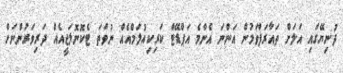
ދުނިޔޭގައި އަލަށް ތައާރަފްވަމުން އަންނަ އެންމެ އަޕްޑޭޓް ކަރިކިއުލަމްއެއް ނުވަތަ ޓެކޮނޮލަޖީއެއް ދަރިވަރުންނަށް